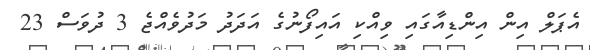
އެޕަލް އިން އިންޑިއާގައި ވިއްކި އައިފޯނުގެ އަދަދު މަދުވެއްޖެ 3 ދުވަސް 23